Civil Veterinary Department. Central Provinces & Berar 1925-31 - 1925-1931
Year: 1925
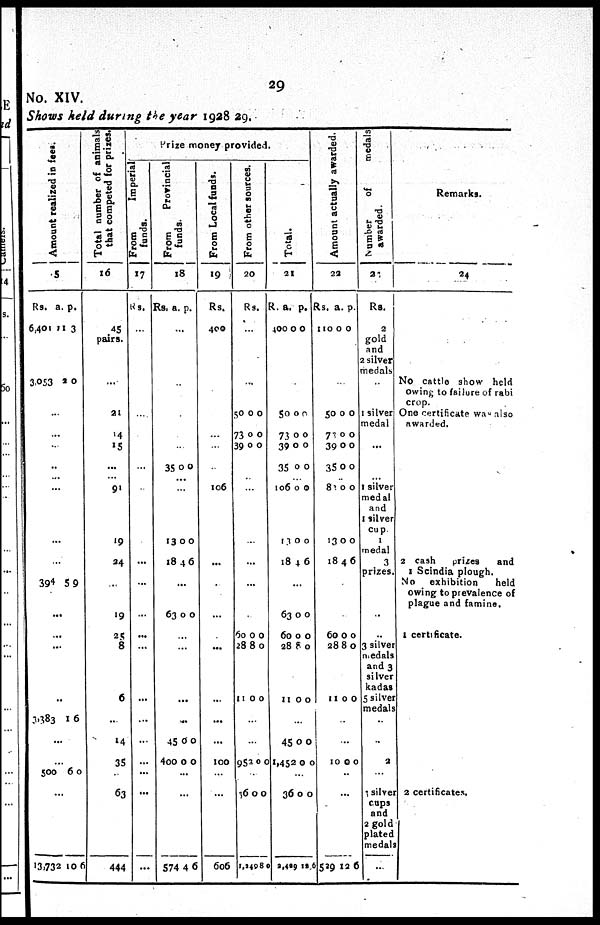
29
No. XIV.
Shows held during the year 1928 29.
Amo u n t r eal i zed in feet .
5
Rs.
6,401
3,053
a.
11
2
p.
3
0
...
...
...
..
...
...
...
...
394 5 9
...
...
...
..
3,383 1
6
...
...
500 6
0
...
13,732 10 6
Total number of animals
that competed for prizes.
16
45
pairs.
...
21
14
15
...
... 91
19
24
...
19
25
8
6
...
14
35
...
63
444
Prize money provided.
From
Imperial
funds.
17
Rs.
...
...
...
...
..
...
...
....
...
...
...
...
...
...
...
...
...
Fr om Prorincial
f unds .
18
Rs. a. p.
...
...
...
35 0 0
...
...
13
18
0
4
0
6
...
63 0 0
...
...
...
...
45
400
0
0
0
0
...
...
574 4 6
From Local funds.
19
Rs.
400
...
...
...
106
...
.
...
...
...
...
...
100
...
...
606
From other sources.
2
0
Rs.
...
...
50
73
39
0
0
0
0
0
0
...
..
...
...
...
...
60
28
11
0
8
0
0
0
0
...
...
953 0 0
...
36
1,240
0
8
0
0
Total.
21
R.
400
a.
0
p.
0
50
73
39
35
0
0
0
0
0
0
0
0
... 106
13
18
0
0
4
0
0
6
...
63
60
28
11
0
0
8
0
0
0
0
0
...
45
1,452
0
0
0
0
...
36
2,429
0
12
0
6
Amo u n t actually awarded.
22
Rs.
110
a.
0
p.
0
...
50
73
39
35
0
0
0
0
0
0
0
0
... 83
13
18
0
0
4
0
0
6
60
28
11
0
8
0
0
0
0
...
...
10 0 0
...
...
529 12 6
Number of
medals
awarded.
23
Rs.
2
gold
and
2 silver
medals
..
1 silver
medal
...
...
1 silver
medal
and
1 silver
cup.
medal
and
1 silver
cup.
1
medal
3
prizes.
..
..
3 silver
medals
and 3
silver
kadas
5 silver
medals
..
...
2
...
1 silver
cups
and
2 gold
plated
medals
...
Remarks.
24
No cattle show held
owing to failure of rabi
crop.
One certificate was also
awarded.
2 cash
prizes
and
1 Scindia plough.
No exhibition
held
owing to prevalence of
plague and famine.
1 certificate.
2 certificates.